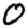
Digit: 0